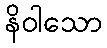
နိဝါသော